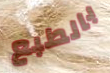
بالطبع